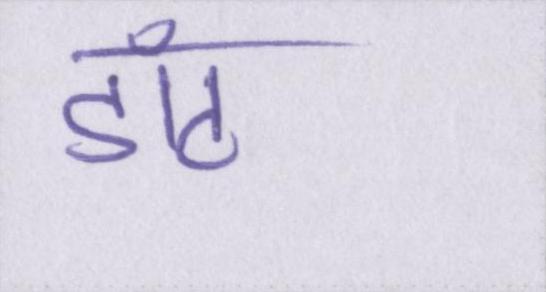
डॉट